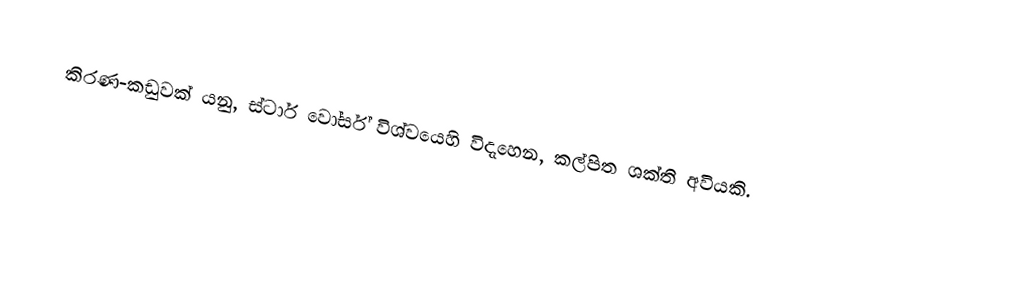
කිරණ-කඩුවක් යනු, ස්ටාර් වෝර්ස් විශ්වයෙහි විදැහෙන, කල්පිත ශක්ති අවියකි.